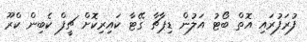
ފުރަފުރައި އޮތް ބޯޓު އަލުން ޑިޕާޗާ ގޭޓާ ކައިރިކޮށް ޗީފް ކެބިން ކްރޫ